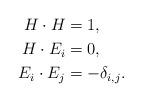
LaTeX: \begin{align*}H \cdot H &= 1,\\H\cdot E_i&= 0,\\E_i \cdot E_j &= -\delta_{i,j}.\end{align*}